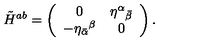
\tilde { H } ^ { a b } = \left( \begin{array} { c c } { 0 } & { { \eta ^ { \alpha } } _ { \bar { \beta } } } \\ { - { \eta _ { \bar { \alpha } } } ^ { \beta } } & { 0 } \\ \end{array} \right) .